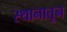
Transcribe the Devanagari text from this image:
स्थानातून